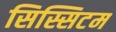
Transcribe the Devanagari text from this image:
सिस्सिटम